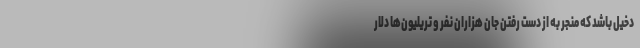
دخیل باشد که منجر به از دست رفتن جان هزاران نفر و تریلیون‌ها دلار